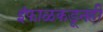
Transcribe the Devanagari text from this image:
इंफाळकडूनही